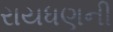
રાયધણની